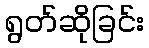
ရွတ်ဆိုခြင်း